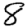
Digit: 8